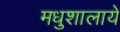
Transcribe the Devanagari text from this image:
मधुशालाये